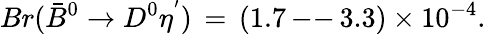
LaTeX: Br(\bar{B}^{0}\rightarrow D^{0}\eta^{'})\, =\, (1.7\, \mathrm{--}\, 3.3)\times 10^{-4}.